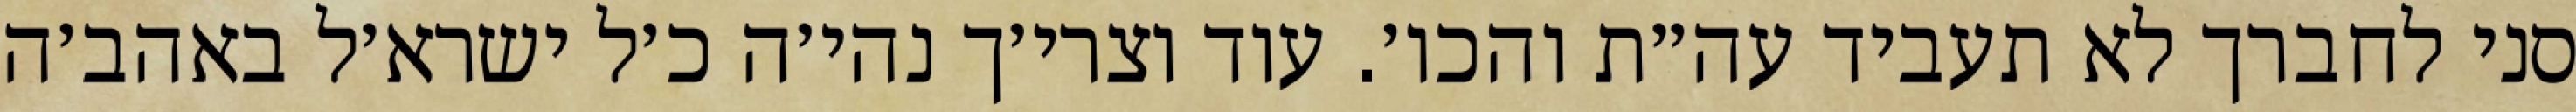
סני לחברך לא תעביד עה״ת והכו׳. עוד וצרי׳ך נהי׳ה כ׳ל ישרא׳ל באהב׳ה